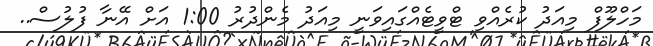
މަހްލޫފް މިއަދު ކުރެއްވި ޓްވީޓެއްގައިވަނީ މިއަދު މެންދުރު 1:00 އަށް އޭނާ ފުލުސް..